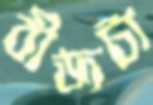
বীজটা